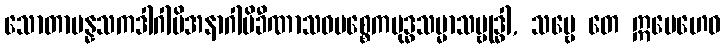
သောတာပန္နသကဒါဂါမိအနာဂါမိခီဏာသဝပစ္စေကဗုဒ္ဓသမ္မာသမ္ဗုဒ္ဓါ, သဗ္ဗေ တေ ဣမေဟေဝ